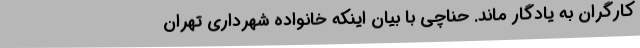
کارگران به یادگار ماند. حناچی با بیان اینکه خانواده شهرداری تهران